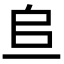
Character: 𫠨